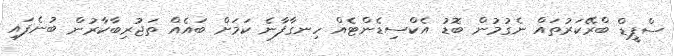
ސްޕީޑް ބްރޭކަރުތައް ނެގުމުން ބޮޑު އެކްސިޑެންޓެއް ހިނގާފާނެ ކަމަށް ބައެއް ތަޖުރިބާކާރުން ބުނެފައި